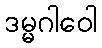
ဒမ္မဂါဝေါ